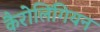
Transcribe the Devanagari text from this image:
कैरोलिंगियन